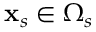
\mathbf { x } _ { s } \in \Omega _ { s }